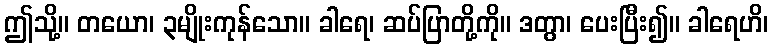
ဤသို့။ တယော၊ ၃မျိုးကုန်သော။ ခါရေ၊ ဆပ်ပြာတို့ကို။ ဒတွာ၊ ပေးပြီး၍။ ခါရေဟိ၊